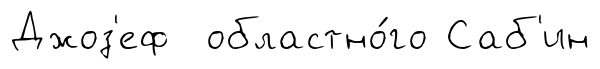
Джоз'еф областно́го Саб'ин